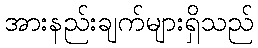
အားနည်းချက်များရှိသည်